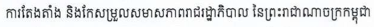
ការតែងតាំង និងកែសម្រួលសមាសភាពរាជរដ្ឋាភិបាល នៃព្រះរាជាណាចក្រកម្ពុជា